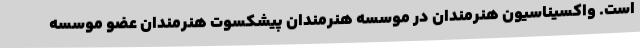
است. واکسیناسیون هنرمندان در موسسه هنرمندان پیشکسوت هنرمندان عضو موسسه